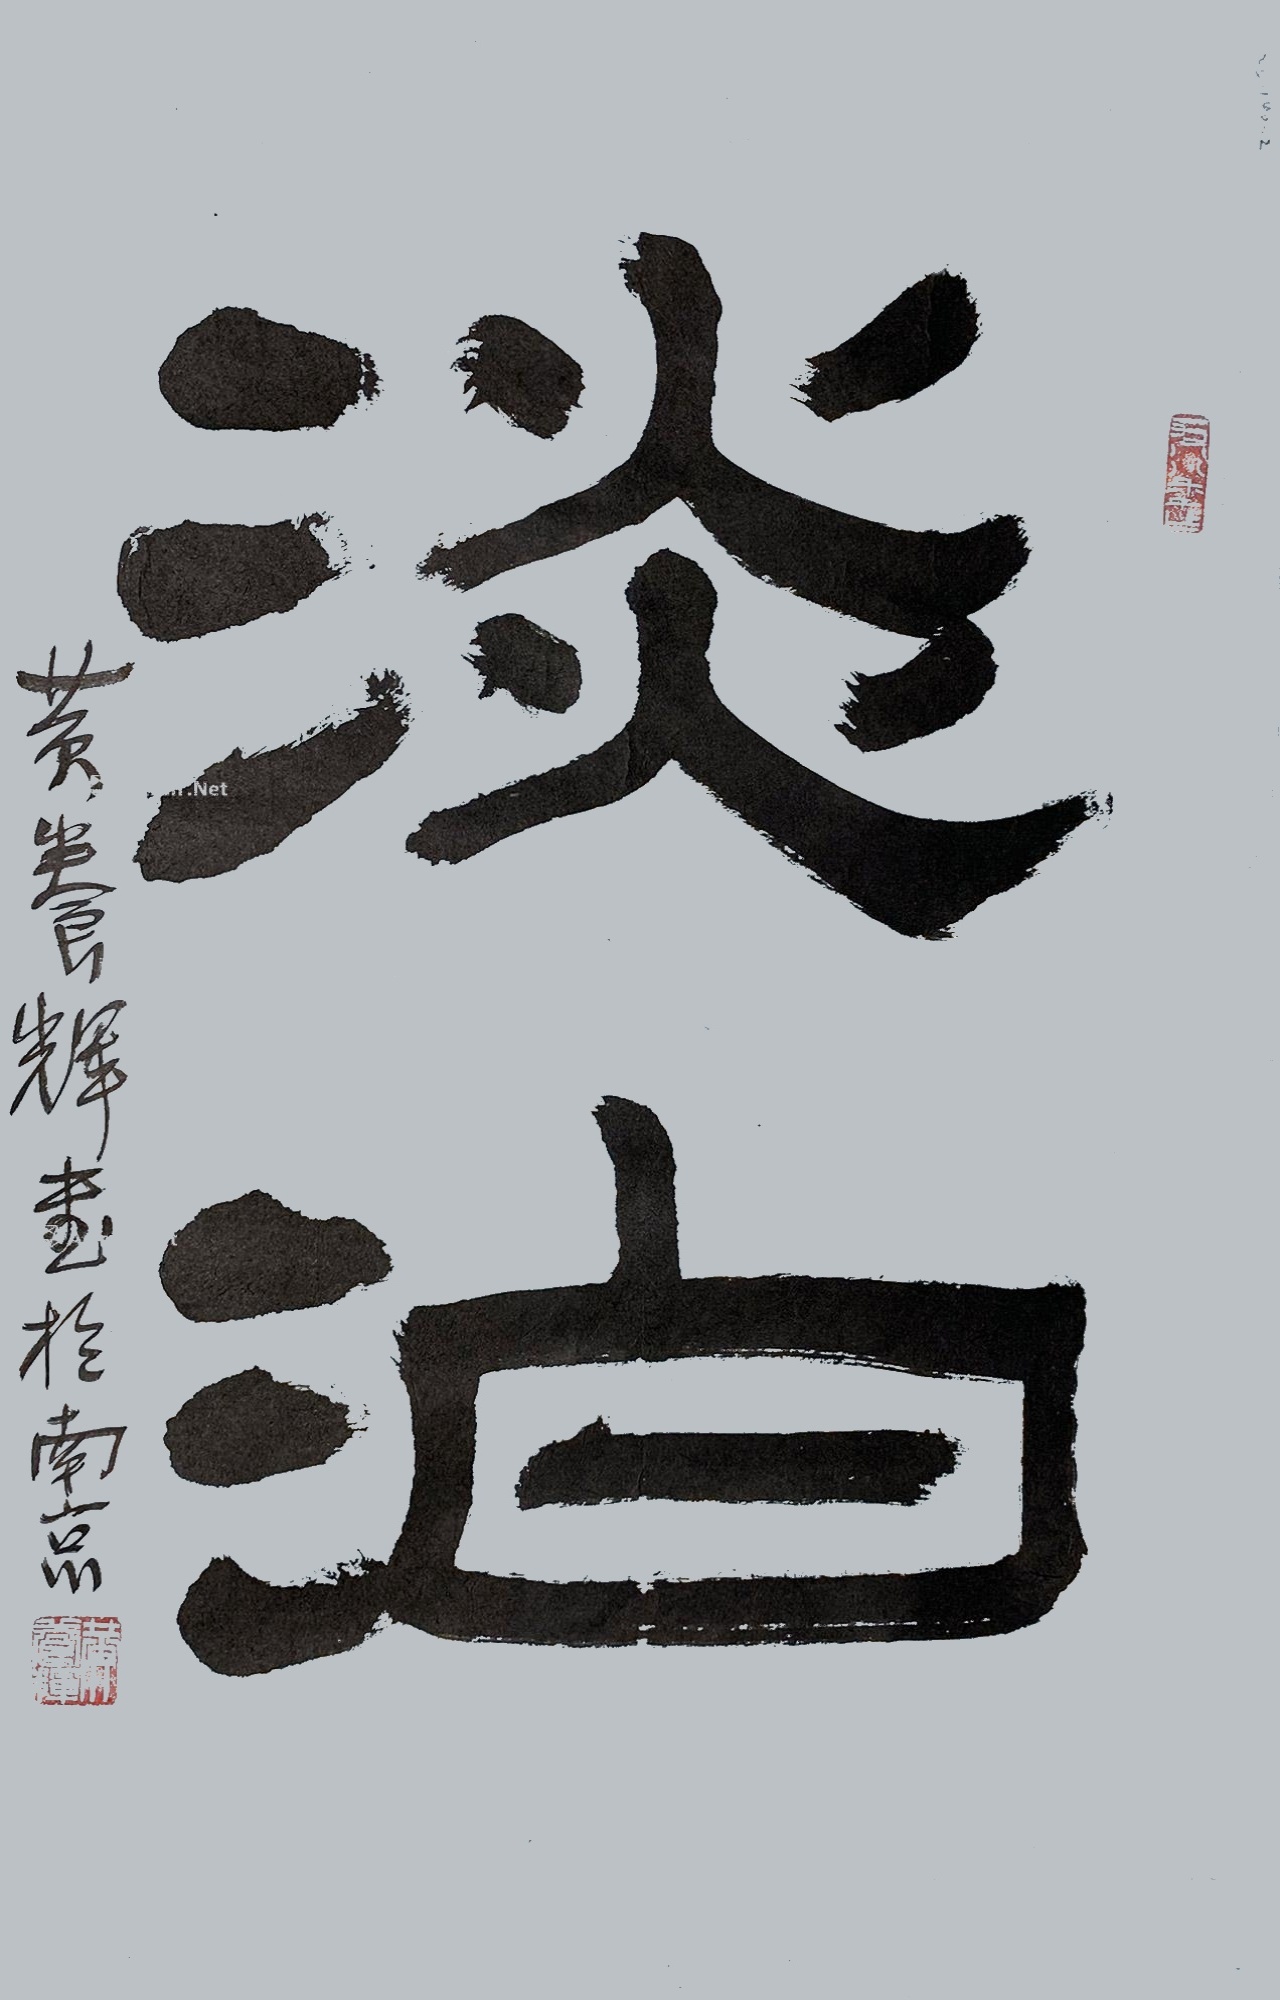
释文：淡泊黄养辉画于南京